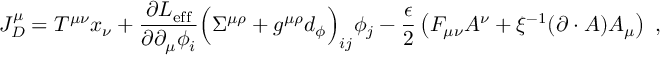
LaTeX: J _ { D } ^ { \mu } = T ^ { \mu \nu } x _ { \nu } + { \frac { \partial { \cal L } _ { \mathrm { e f f } } } { \partial \partial _ { \mu } \phi _ { i } } } \Big ( \Sigma ^ { \mu \rho } + g ^ { \mu \rho } d _ { \phi } \Big ) _ { i j } \phi _ { j } - { \frac { \epsilon } { 2 } } \left( F _ { \mu \nu } A ^ { \nu } + \xi ^ { - 1 } ( \partial \cdot A ) A _ { \mu } \right) \; ,